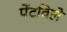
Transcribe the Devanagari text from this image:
पेंटविले